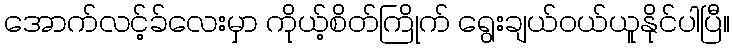
အောက်လင့်ခ်လေးမှာ ကိုယ့်စိတ်ကြိုက် ရွေးချယ်ဝယ်ယူနိုင်ပါပြီ။